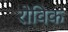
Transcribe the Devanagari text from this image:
रोविक